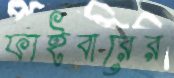
ফাইবারের